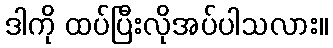
ဒါကို ထပ်ပြီးလိုအပ်ပါသလား။